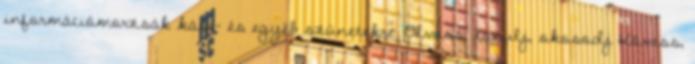
információmorzsák kávé- és egyéb szünetekre. Olvass, tanulj, okosodj Kövess,